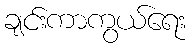
ချင်းကာကွယ်ရေး